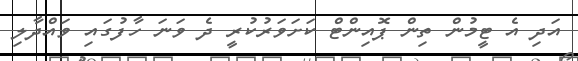
އަދި އެ ޓީމުން ތިން ޕޮއިންޓް ކަށަވަރުކުރީ ދެ ވަނަ ހާފުގައި ވައްދާލި